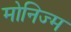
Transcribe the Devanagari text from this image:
मोनिज्म